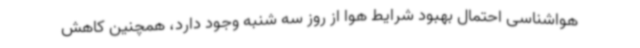
هواشناسی احتمال بهبود شرایط هوا از روز سه شنبه وجود دارد، همچنین کاهش